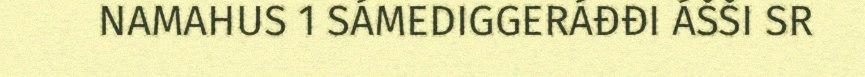
NAMAHUS 1 SÁMEDIGGERÁĐĐI ÁŠŠI SR